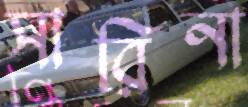
সারিনা